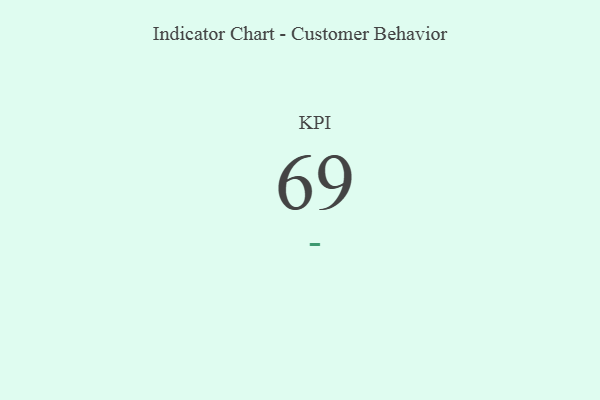
{"axis": {"x": "KPI", "y": "Value"}, "legend": [""], "data": [{"x": "KPI", "y": 69, "type": ""}]}